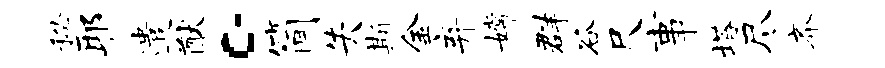
秘耶遣猷。简失斯金弃嫦群谷尺事塔尽齐